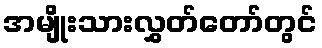
အမျိုးသားလွှတ်တော်တွင်